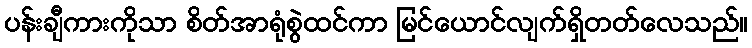
ပန်းချီကားကိုသာ စိတ်အာရုံစွဲထင်ကာ မြင်ယောင်လျက်ရှိတတ်လေသည်။